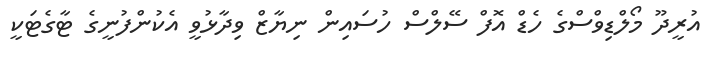
އުރީދޫ މޯލްޑިވްސްގެ ހެޑް އޮފް ސޭލްސް ހުސައިން ނިޔާޒް ވިދާޅުވީ އެކުންފުނީގެ ޓާގެޓަކީ